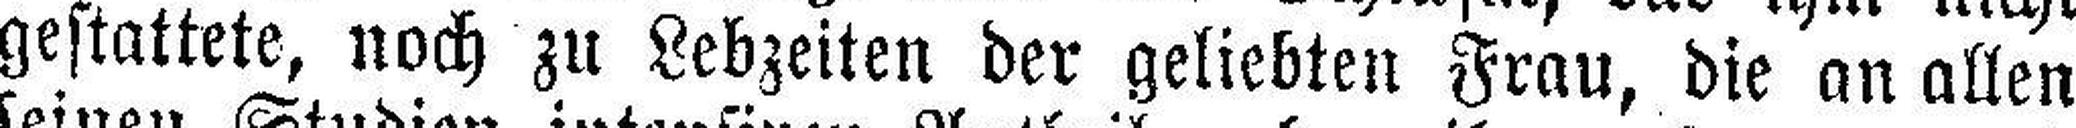
gestattete, noch zu Lebzeiten der geliebten Frau, die an allen